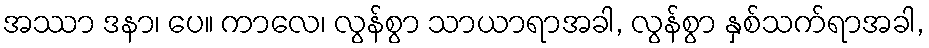
အဿာ ဒနာ၊ ပေ။ ကာလေ၊ လွန်စွာ သာယာရာအခါ, လွန်စွာ နှစ်သက်ရာအခါ,